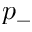
p _ { - }